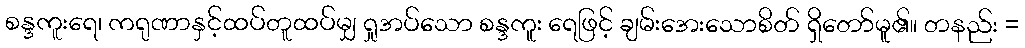
စန္ဒကူးရေ၊ ကရုဏာနှင့်ထပ်တူထပ်မျှ ရှုအပ်သော စန္ဒကူး ရေဖြင့် ချမ်းအေးသောစိတ် ရှိတော်မူ၏။ တနည်း =